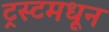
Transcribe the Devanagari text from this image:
ट्रस्टमधून